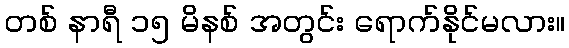
တစ် နာရီ ၁၅ မိနစ် အတွင်း ရောက်နိုင်မလား။